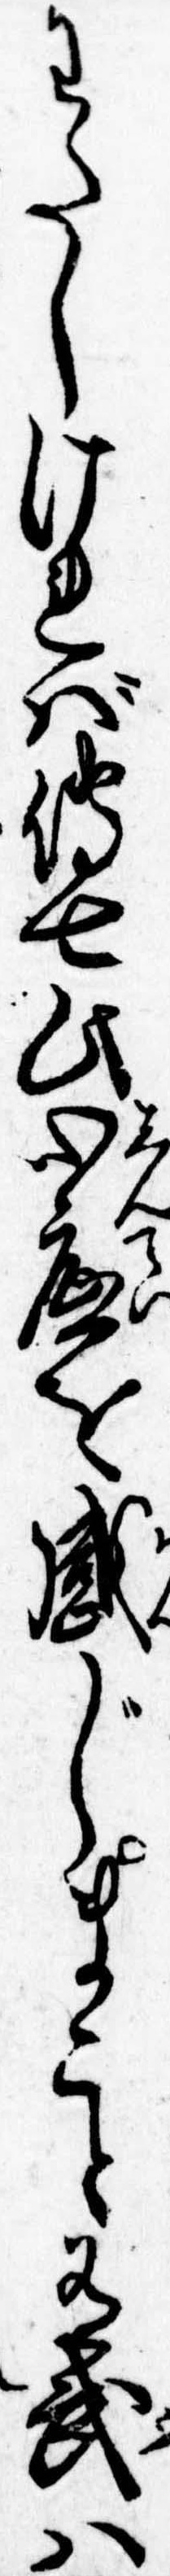
わたしければ伝七此心底を感じまこと有武は